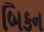
બિકન